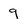
Character: 9